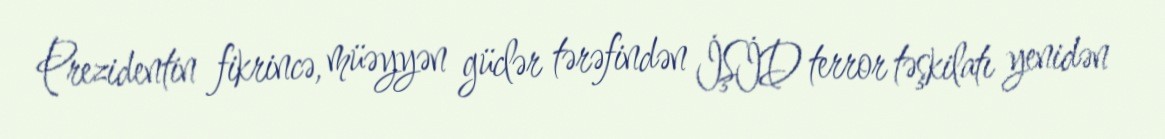
Prezidentin fikrincə, müəyyən güclər tərəfindən İŞİD terror təşkilatı yenidən